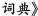
词典》